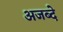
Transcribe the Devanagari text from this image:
अजब्दे